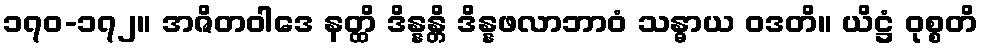
၁၇၀-၁၇၂။ အဇိတဝါဒေ နတ္ထိ ဒိန္နန္တိ ဒိန္နဖလာဘာဝံ သန္ဓာယ ဝဒတိ။ ယိဋ္ဌံ ဝုစ္စတိ